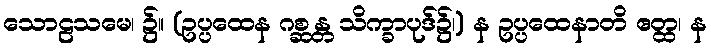
သောဠသမေ၊ ၌။ (ဥပ္ပထေန ဂစ္ဆန္တ သိက္ခာပုဒ်၌၊) န ဥပ္ပထေနာတိ ဧတ္ထ၊ န